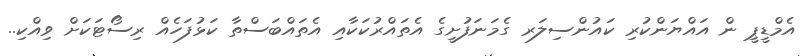
އެމްޑީޕީ ން އައްޔަންކުރި ކައުންސިލަރ ގެމަނަފުށީގެ އެތައްރުކަކާއި އެތައްބަސްތާ ކަޅުފަހެއް ރިސޯޓަކަށް ވިއްކި..